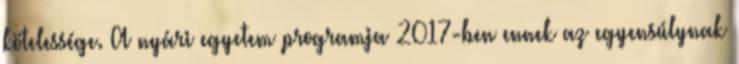
kötelessége. A nyári egyetem programja 2017-ben ennek az egyensúlynak